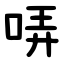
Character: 哢